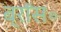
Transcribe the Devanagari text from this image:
ब्रॉस॰